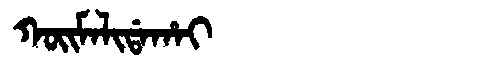
Manchu: ᡴᠣᡳᠮᠠᠯᡳᡩᠠᡥᠠᡳ
Romanization: KOIMALIDAHAI